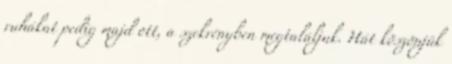
ruhákat pedig majd ott, a szekrényben megtaláljuk. Hát köszönjük